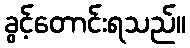
ခွင့်တောင်းရသည်။